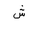
Letter: _shin